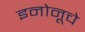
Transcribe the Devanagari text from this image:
इनोनूचे